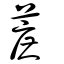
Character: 蔗